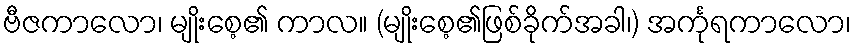
ဗီဇကာလော၊ မျိုးစေ့၏ ကာလ။ (မျိုးစေ့၏ဖြစ်ခိုက်အခါ၊) အင်္ကုရကာလော၊